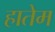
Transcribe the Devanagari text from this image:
हातेम